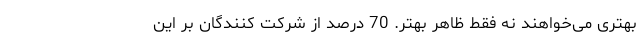
بهتری می‌خواهند نه فقط ظاهر بهتر. 70 درصد از شرکت کنندگان بر این